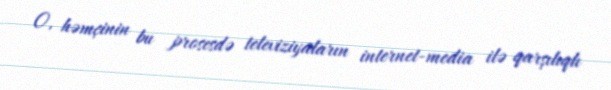
O, həmçinin bu prosesdə televiziyaların internet-media ilə qarşılıqlı